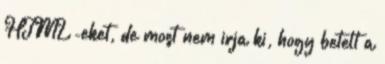
HTML-eket, de most nem irja ki, hogy betelt a